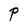
Character: P